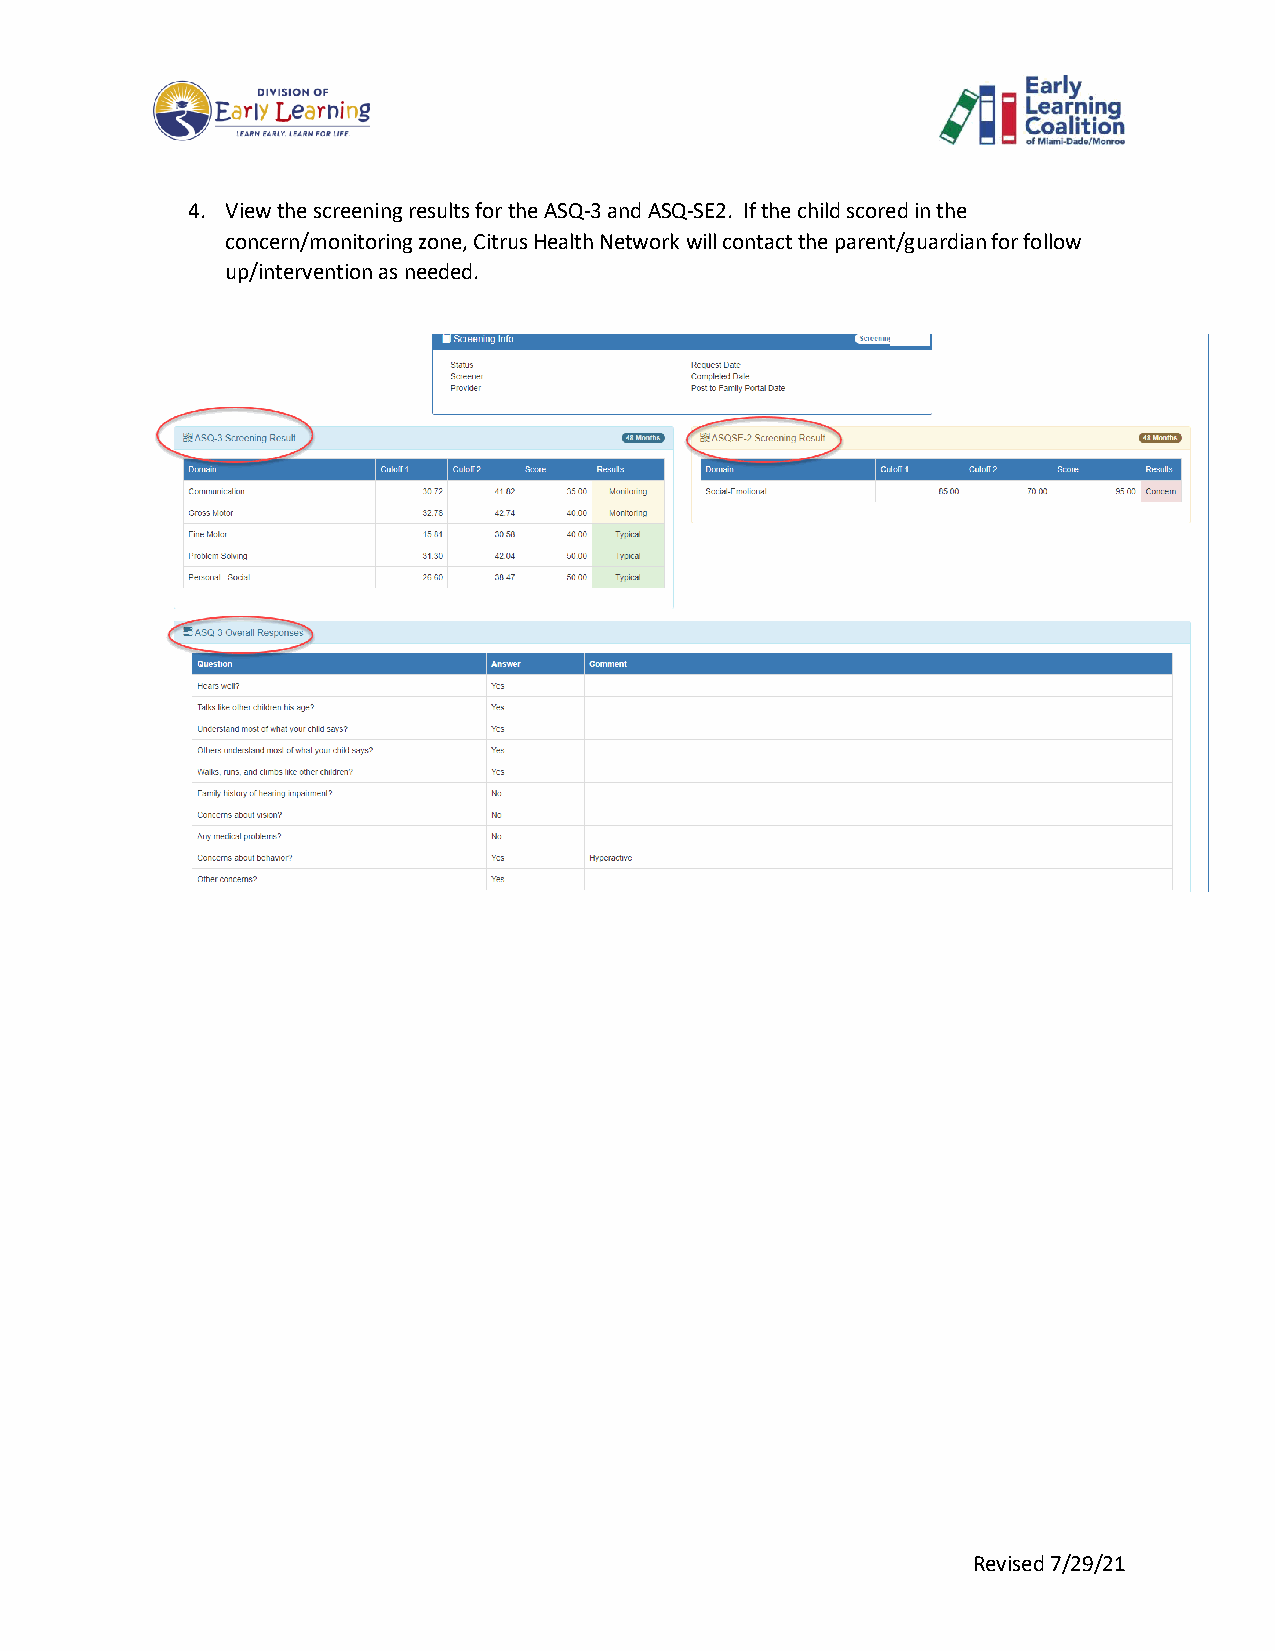
4. View the screening results for the ASQ-3 and ASQ-SE2. If the child scored in the
 concern/monitoring zone, Citrus Health Network will contact the parent/guardian for follow
 up/intervention as needed.
 Revised 7/29/21